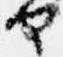
部